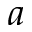
a